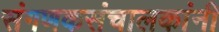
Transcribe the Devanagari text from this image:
संगणकसंचालकांनी